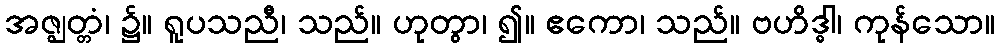
အဇ္ဈတ္တံ၊ ၌။ ရူပသညီ၊ သည်။ ဟုတွာ၊ ၍။ ဧကော၊ သည်။ ဗဟိဒ္ဓါ၊ ကုန်သော။